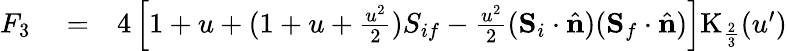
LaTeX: \begin{array}{rlr}{F_{3}}&{{}=}&{4\left[1+u+(1+u+\frac{u^{2}}{2}){S}_{if}-\frac{u^{2}}{2}({\mathbf S}_{i}\cdot\hat{\mathbf n})({\mathbf S}_{f}\cdot\hat{\mathbf n})\right]\mathrm{K}_{\frac{2}{3}}(u^{\prime})}\end{array}